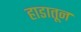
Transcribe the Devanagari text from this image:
हाडातून